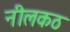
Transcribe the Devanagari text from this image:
नीलकठ